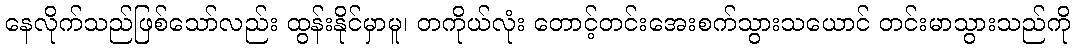
နေလိုက်သည်ဖြစ်သော်လည်း ထွန်းနိုင်မှာမူ၊ တကိုယ်လုံး တောင့်တင်းအေးစက်သွားသယောင် တင်းမာသွားသည်ကို